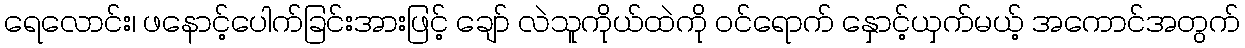
ရေလောင်း၊ ဖနောင့်ပေါက်ခြင်းအားဖြင့် ချော် လဲသူကိုယ်ထဲကို ဝင်ရောက် နှောင့်ယှက်မယ့် အကောင်အတွက်